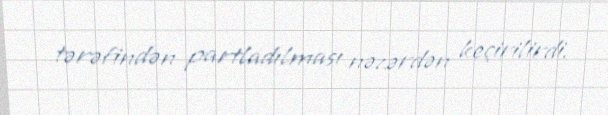
tərəfindən partladılması nəzərdən keçirilirdi.